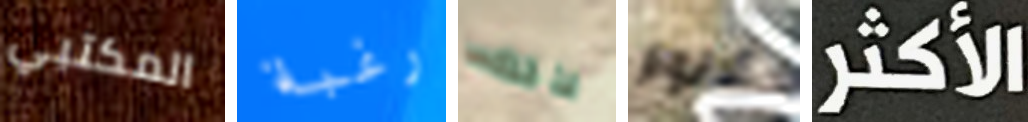
المكتبي رغبة لذلك الانوار الأكثر